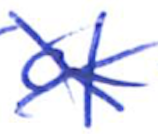
Text: of
Cross-out: cross
Writing tool: ballpoint